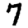
Digit: 7